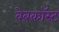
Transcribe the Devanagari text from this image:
वेबकॉस्ट